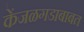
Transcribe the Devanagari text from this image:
केंजळगडाबाबत